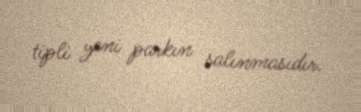
tipli yeni parkın salınmasıdır.